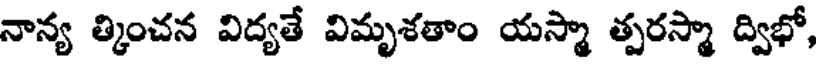
నాన్య త్కించన విద్యతే విమృశతాం యస్మా త్పరస్మా ద్విభో,